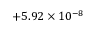
\phantom { 0 } { + 5 . 9 2 } \times 1 0 ^ { - 8 }